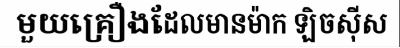
មួយគ្រឿងដែលមានម៉ាក ឡិចស៊ីស